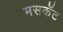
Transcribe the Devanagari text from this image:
मसकॅट